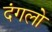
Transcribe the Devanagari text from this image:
दंगलो